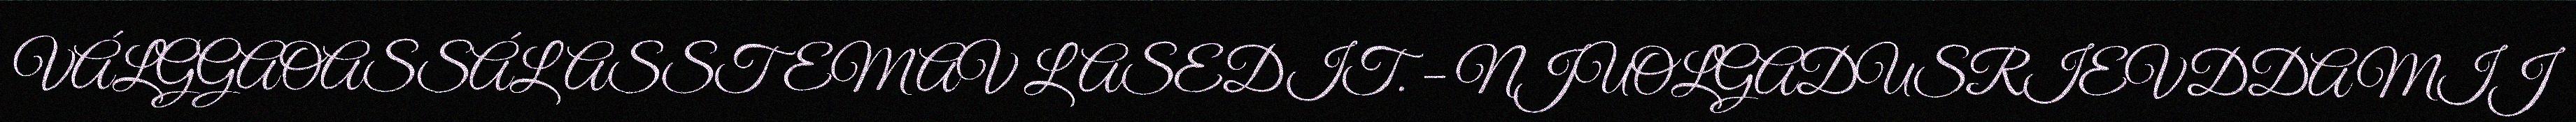
VÁLGGAOASSÁLASSTEMAV LASEDIT. – NJUOLGADUSRIEVDDAMIJ